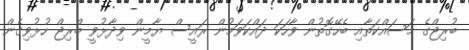
ބުރިޖްގެ މަސައްކަތާއި ބެހޭގޮތުން ވާހަކަ ދައްކަވަމުން ރައީސް ޔާމީން ވިދާޅުވީ ބްރިޖް ހުޅުވިގެން